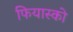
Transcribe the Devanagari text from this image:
फियास्को